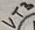
Text: VT3